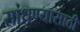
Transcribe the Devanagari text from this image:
सांधण्यासाठी